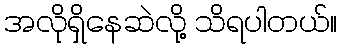
အလိုရှိနေဆဲလို့ သိရပါတယ်။